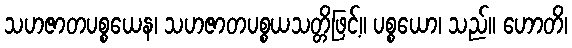
သဟဇာတပစ္စယေန၊ သဟဇာတပစ္စယသတ္တိဖြင့်။ ပစ္စယော၊ သည်။ ဟောတိ၊